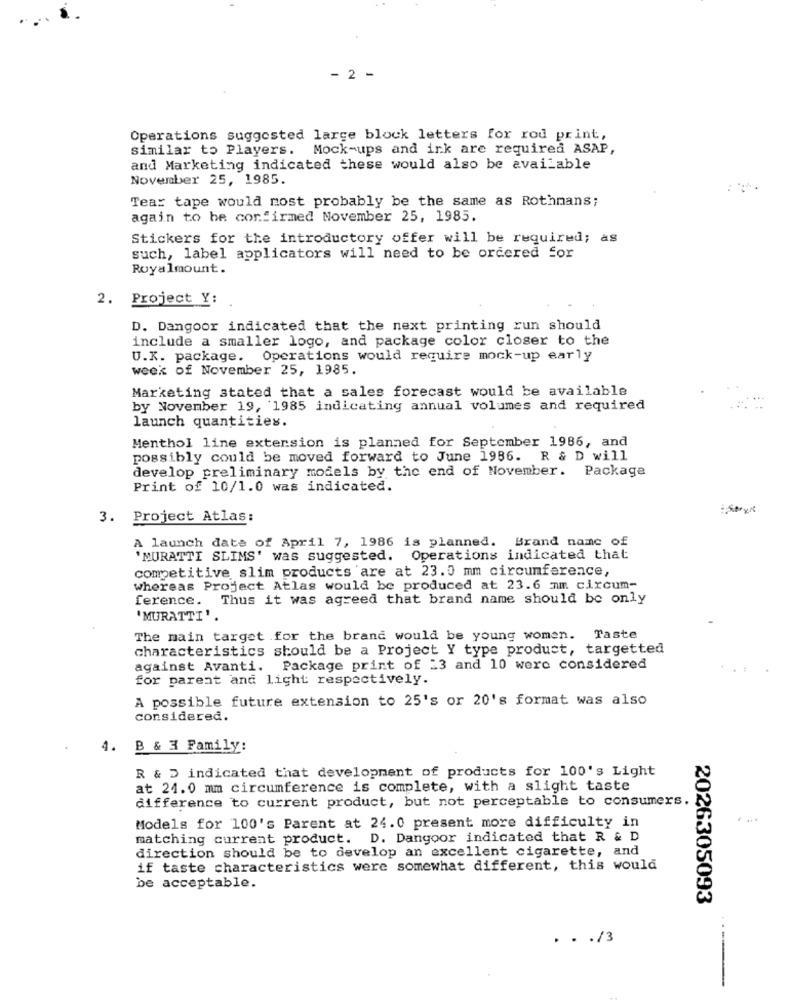
- 2 -
Operations suggested large block letters for rod print,
similar to Players. Mock-ups and ink are required ASAP,
and Marketing indicated these would also be available
November 25, 1985.
Tear tape would most probably be the same as Rothmans;
again to be confirmed November 25, 1985.
Stickers for the introductory offer will be required; as
such, label applicators will need to be ordered for
Royalmount.
2. Project Y:
D. Dangoor indicated that the next printing run should
include a smaller logo, and package color closer to the
U.K. package. Operations would require mock-up early
week of November 25, 1985.
Marketing stated that a sales forecast would be available
by November 19, 1985 indicating annual volumes and required
launch quantities.
Menthol line extension is planned for September 1986, and
possibly could be moved forward to June 1986. R & D will
develop preliminary models by the end of November. Package
Print of 10/1.0 was indicated.
3. Project Atlas:
A launch date of April 7, 1986 is planned. Brand name of
'MURATTI SLIMS' was suggested. Operations indicated that
competitive slim products are at 23.0 mm circumference,
whereas Project Atlas would be produced at 23.6 mm circum-
ference. Thus it was agreed that brand name should be only
'MURATTI'.
The main target for the brand would be young women. Taste
characteristics should be a Project Y type product, targetted
against Avanti. Package print of 23 and 10 were considered
for parent and light respectively.
A possible future extension to 25's or 20's format was also
considered.
4.
B & 3 Family:
R & D indicated that development of products for 100's Light
at 24.0 mm circumference is complete, with a slight taste
difference to current product, but not perceptable to consumers.
Models for 100's Parent at 24.0 present more difficulty in
matching current product. D. Dangoor indicated that R & D
direction should be to develop an excellent cigarette, and
if taste characteristics were somewhat different, this would
be acceptable.
2026305093
. . . /3